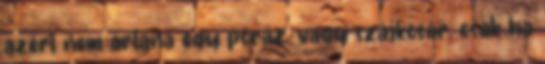
azért nem ártana egy póráz. vagy szájkosár. csak ha